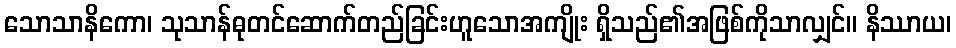
သောသာနိကော၊ သုသာန်ဓုတင်ဆောက်တည်ခြင်းဟူသောအကျိုး ရှိသည်၏အဖြစ်ကိုသာလျှင်။ နိဿာယ၊